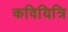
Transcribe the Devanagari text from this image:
कवियित्रि